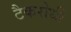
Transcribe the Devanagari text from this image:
टैकरोधी